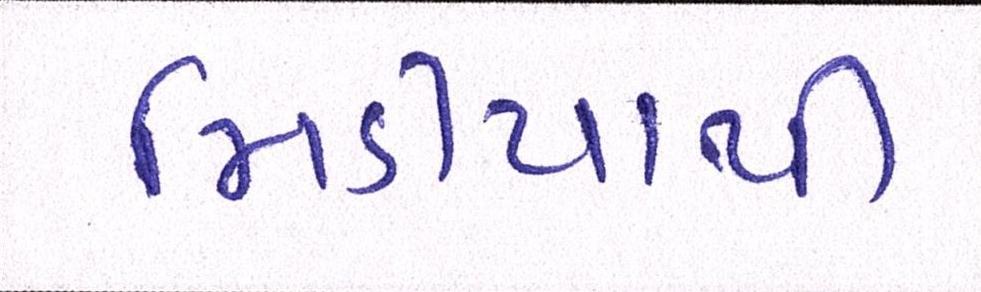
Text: મિડીયાથી